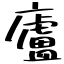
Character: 廬